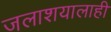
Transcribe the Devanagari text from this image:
जलाशयालाही